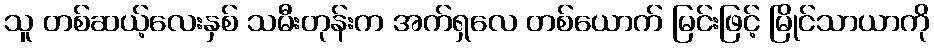
သူ တစ်ဆယ့်လေးနှစ် သမီးတုန်းက အက်ရှလေ တစ်ယောက် မြင်းဖြင့် မြိုင်သာယာကို